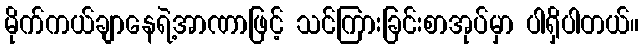
မိုက်ကယ်ချာနေရဲ့အာဏာဖြင့် သင်ကြားခြင်းစာအုပ်မှာ ပါရှိပါတယ်။